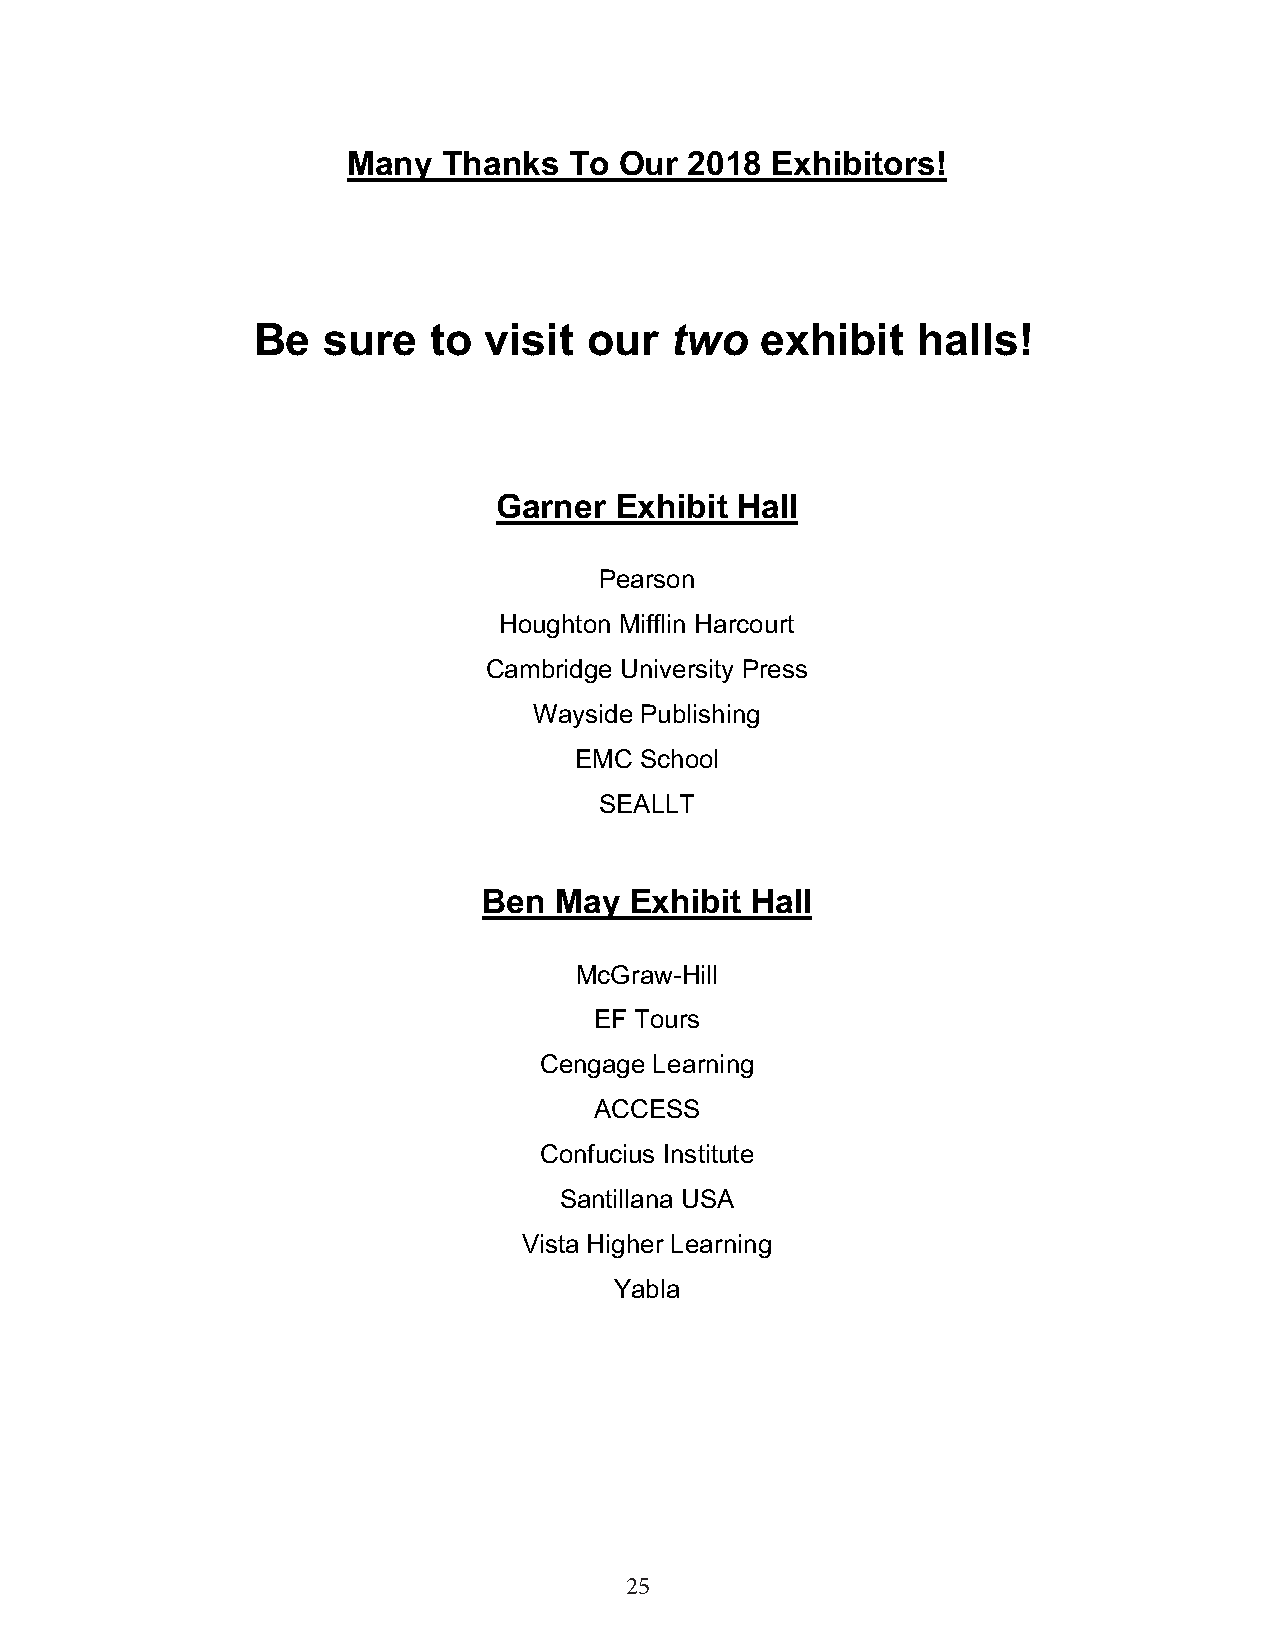
Many  Thanks   To Our  2018 Exhibitors!
 Be  sure    to visit  our  two   exhibit    halls!
 Garner  Exhibit Hall
 Pearson
 Houghton Mifflin Harcourt
 Cambridge University Press
 Wayside Publishing
 EMC School
 SEALLT
 Ben  May  Exhibit Hall
 McGraw-Hill
 EF Tours
 Cengage Learning
 ACCESS
 Confucius Institute
 Santillana USA
 Vista Higher Learning
 Yabla
 25